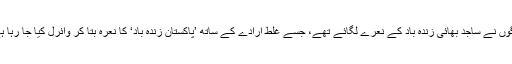
لوگوں نے ساجد بھائی زندہ باد کے نعرے لگائے تھے، جسے غلط ارادے کے ساتھ ’پاکستان زندہ باد‘ کا نعرہ بتا کر وائرل کیا جا رہا ہے۔